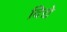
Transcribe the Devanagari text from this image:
दिद्ये